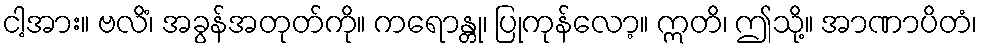
ငါ့အား။ ဗလိံ၊ အခွန်အတုတ်ကို။ ကရောန္တု၊ ပြုကုန်လော့။ ဣတိ၊ ဤသို့။ အာဏာပိတံ၊